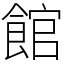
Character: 館